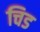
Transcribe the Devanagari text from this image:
चिड